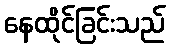
နေထိုင်ခြင်းသည်